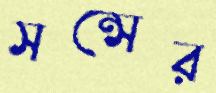
সন্সের